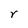
Character: r